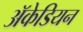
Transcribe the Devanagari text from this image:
अॅकेडियन